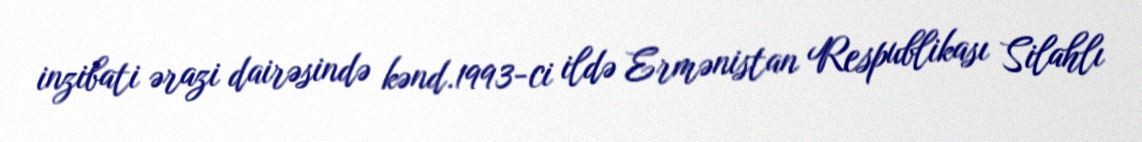
inzibati ərazi dairəsində kənd.1993-ci ildə Ermənistan Respublikası Silahlı